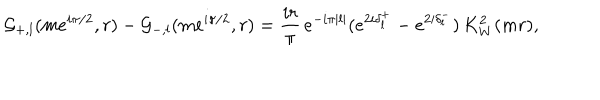
\mathcal { G } _ { + , l } ( m e ^ { i \pi / 2 } , r ) - \mathcal { G } _ { - , l } ( m e ^ { i \pi / 2 } , r ) = \frac { i r } { \pi } \, e ^ { - i \pi | l | } ( e ^ { 2 i \delta _ { l } ^ { + } } - e ^ { 2 i \delta _ { l } ^ { - } } ) \, K _ { W } ^ { 2 } ( m r ) ,